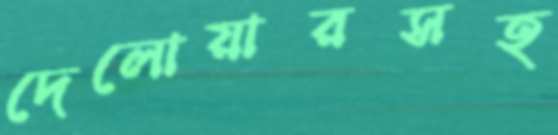
দেলোয়ারসহ